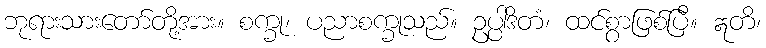
ဘုရားသားတော်တို့အား။ စက္ခု၊ ပညာစက္ခုသည်။ ဥပ္ပါဒိတံ၊ ထင်စွာဖြစ်ပြီ။ ဣတိ၊